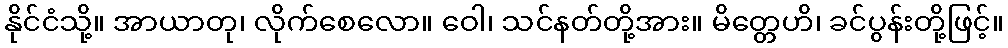
နိုင်ငံသို့။ အာယာတု၊ လိုက်စေလော။ ဝေါ၊ သင်နတ်တို့အား။ မိတ္တေဟိ၊ ခင်ပွန်းတို့ဖြင့်။